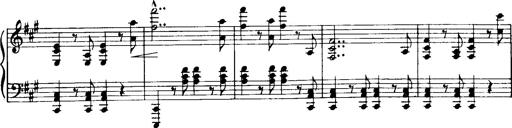
Title: Historische ungarische Bildnisse
Composer: Franz Liszt